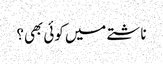
ناشتے میں کوئی بھی؟